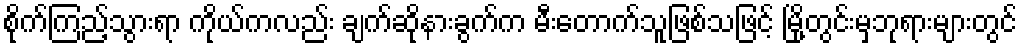
စိုက်ကြည့်သွားရာ ကိုယ်ကလည်း ချက်ဆိုနားခွက်က မီးတောက်သူဖြစ်သဖြင့် မြို့တွင်းမှဘုရားများတွင်